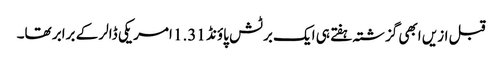
قبل ازیں ابھی گزشتہ ہفتے ہی ایک برٹش پاؤنڈ 1.31 امریکی ڈالر کے برابر تھا۔